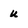
Character: u